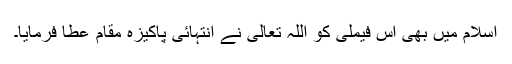
اسلام میں بھی اس فیملی کو اللہ تعالیٰ نے انتہائی پاکیزہ مقام عطا فرمایا۔